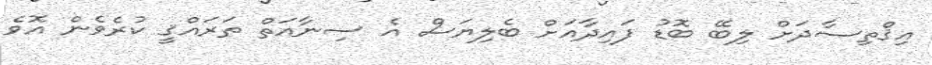
އިޤްތިޞާދަށް ލިބޭ ބޮޑު ފައިދާއަށް ބެލިޔަސް އެ ސިނާއަތް ތަރައްޤީ ކުރެވެން އޮވެ